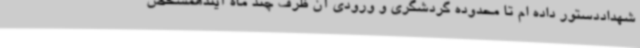
شهداددستور داده ام تا محدوده گردشگری و ورودی آن ظرف چند ماه آیندهمشخص